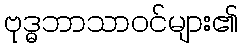
ဗုဒ္ဓဘာသာဝင်များ၏